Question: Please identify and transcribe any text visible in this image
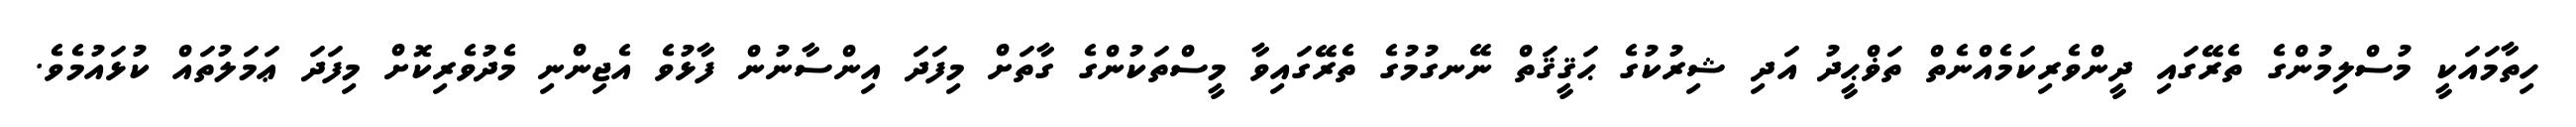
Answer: ހިތާމައަކީ މުސްލިމުންގެ ތެރޭގައި ދީންވެރިކަމެއްނެތް ތަޥްޙީދު އަދި ޝިރުކުގެ ޙަޤީޤަތް ނޭނގުމުގެ ތެރޭގައިވާ މީސްތަކުންގެ ގާތަށް މިފަދަ އިންސާނުން ފާޅުވެ އެޖިންނި މެދުވެރިކޮށް މިފަދަ ޢަމަލުތައް ކުޅައުމެވެ.